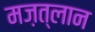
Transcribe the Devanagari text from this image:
मज़त्लान